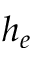
h _ { e }